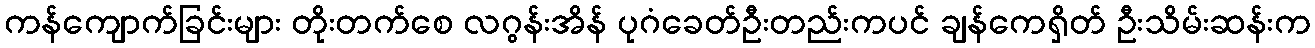
ကန်ကျောက်ခြင်းများ တိုးတက်စေ လဂွန်းအိန် ပုဂံခေတ်ဦးတည်းကပင် ချန်ကေရှိတ် ဦးသိမ်းဆန်းက